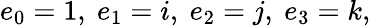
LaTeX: e_{0}=1,\ e_{1}=i,\ e_{2}=j,\ e_{3}=k,